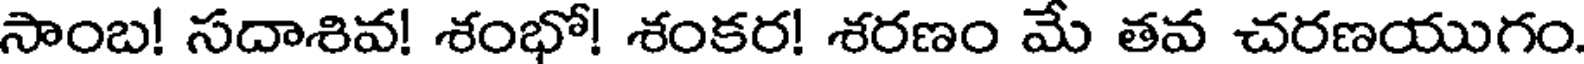
సాంబ! సదాశివ! శంభో! శంకర! శరణం మే తవ చరణయుగం